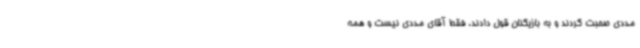
مددی صحبت کردند و به بازیکنان قول دادند. فقط آقای مددی نیست و همه